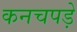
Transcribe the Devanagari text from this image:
कनचपड़े